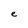
Character: e